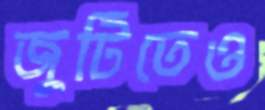
জুটিতেও